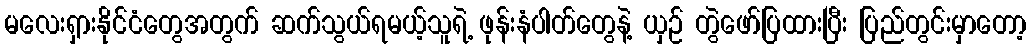
မလေးရှားနိုင်ငံတွေအတွက် ဆက်သွယ်ရမယ့်သူရဲ့ ဖုန်းနံပါတ်တွေနဲ့ ယှဉ် တွဲဖော်ပြထားပြီး ပြည်တွင်းမှာတော့